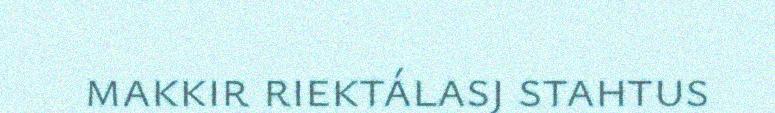
makkir riektálasj stahtus